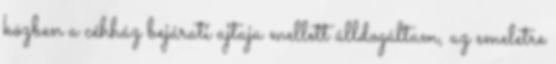
közben a céhház bejárati ajtaja mellett álldogáltam, az emeletre